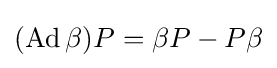
(\operatorname {Ad} \beta )P=\beta P-P\beta